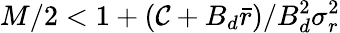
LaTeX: M/2<1+(\mathcal{C}+B_{d}\bar{{r}})/B_{d}^{2}\sigma_{r}^{2}